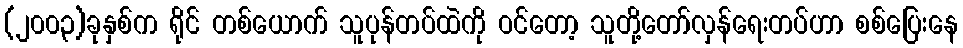
(၂၀၀၃)ခုနှစ်က ရိုင် တစ်ယောက် သူပုန်တပ်ထဲကို ဝင်တော့ သူတို့တော်လှန်ရေးတပ်ဟာ စစ်ပြေးနေ